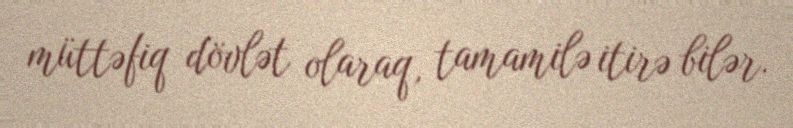
müttəfiq dövlət olaraq, tamamilə itirə bilər.